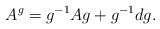
\begin{align*}A^{g} = g^{-1} A g +g^{-1}dg. \end{align*}